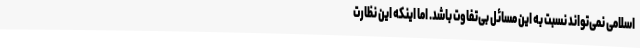
اسلامی نمی‌تواند نسبت به این مسائل بی‌تفاوت باشد. اما اینکه این نظارت